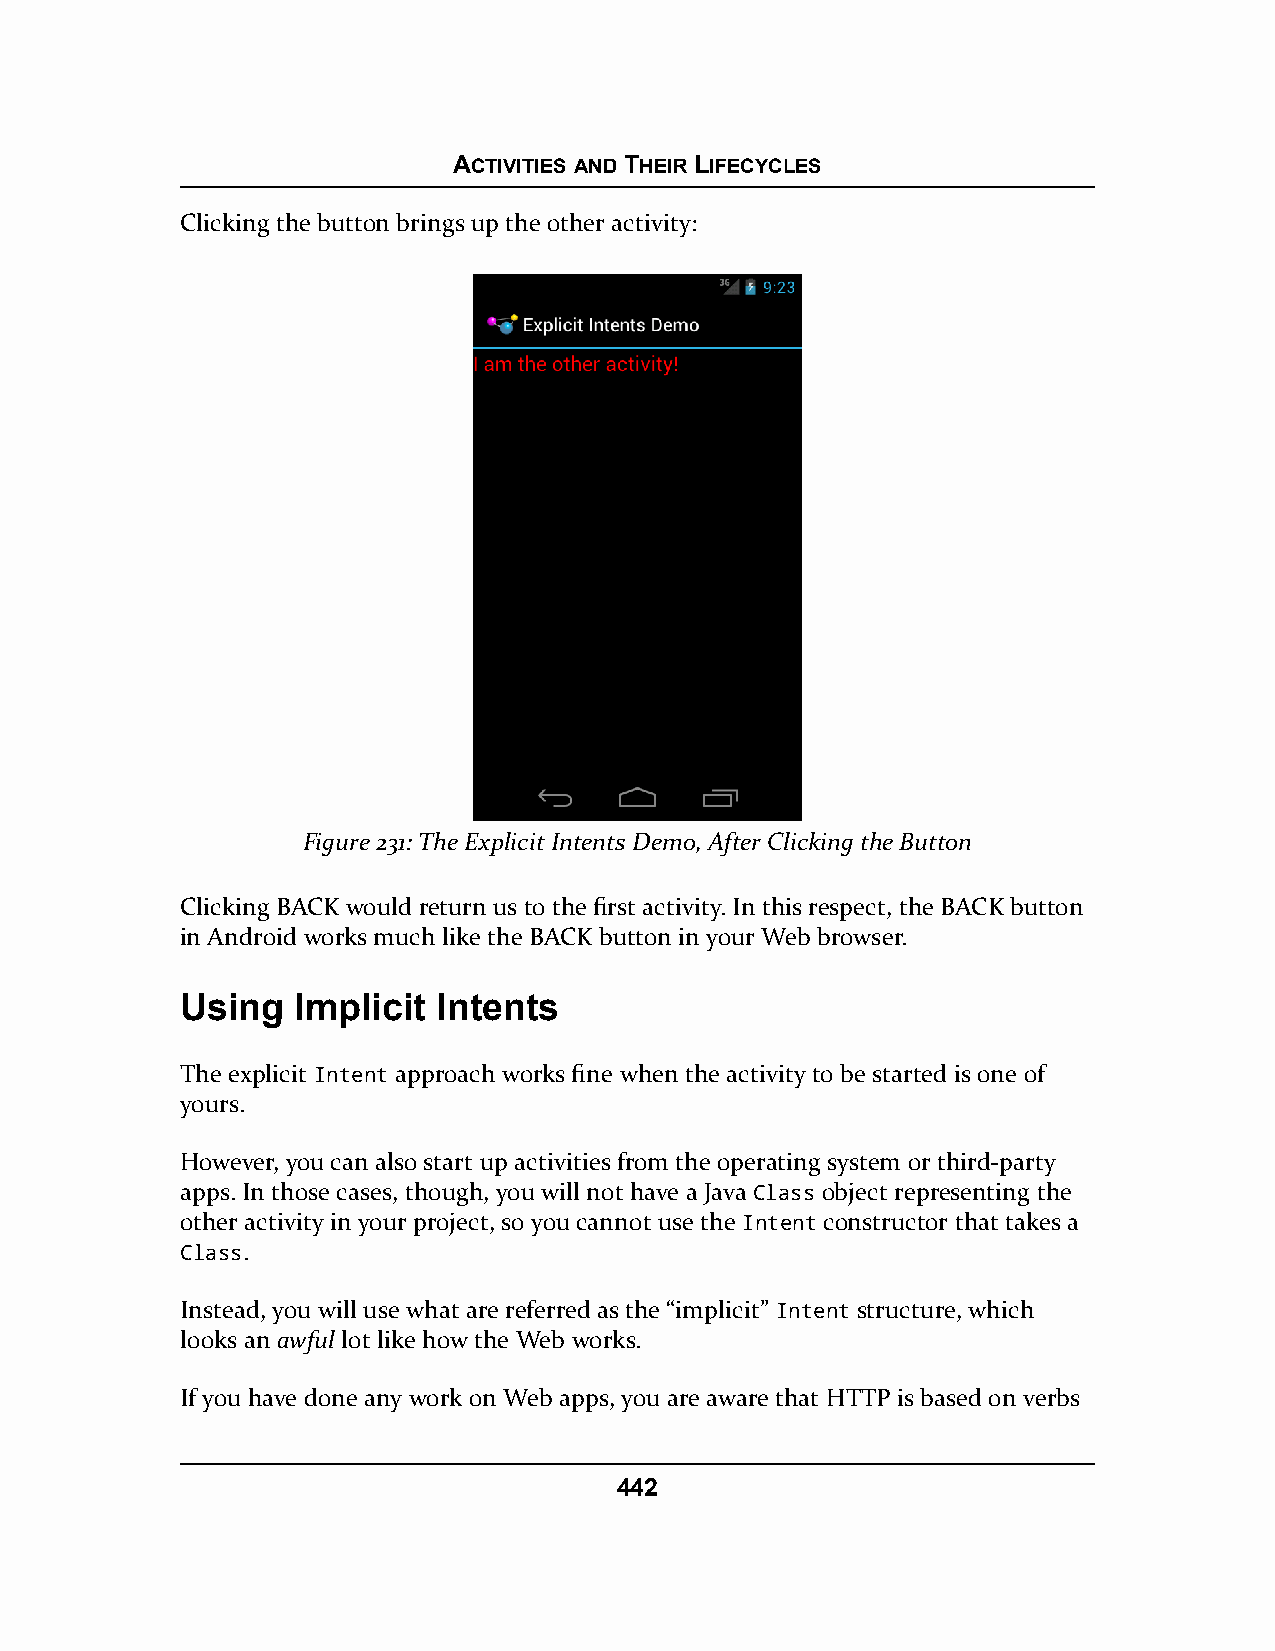
ACTIVITIES AND THEIR LIFECYCLES
 Clicking the button brings up the other activity:
 Figure 231: The Explicit Intents Demo, After Clicking the Button
 Clicking BACK would return us to the first activity. In this respect, the BACK button
 in Android works much like the BACK button in your Web browser.
 Using  Implicit  Intents
 The explicit Intent approach works fine when the activity to be started is one of
 yours.
 However, you can also start up activities from the operating system or third-party
 apps. In those cases, though, you will not have a Java Class object representing the
 other activity in your project, so you cannot use the Intent constructor that takes a
 Class.
 Instead, you will use what are referred as the “implicit” Intent structure, which
 looks an awful lot like how the Web works.
 If you have done any work on Web apps, you are aware that HTTP is based on verbs
 442